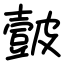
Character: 皼